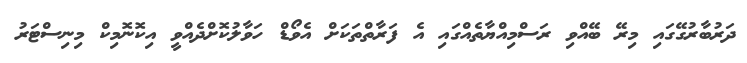
ދަރުބާރުގޭގައި މިރޭ ބޭއްވި ރަސްމިއްޔާތެއްގައި އެ ފަރާތްތަކަށް އެވޯޑް ހަވާލުކޮށްދެއްވީ އިކޮނޮމިކް މިނިސްޓަރު